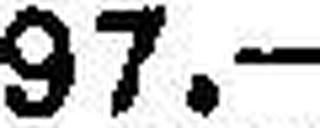
97.—